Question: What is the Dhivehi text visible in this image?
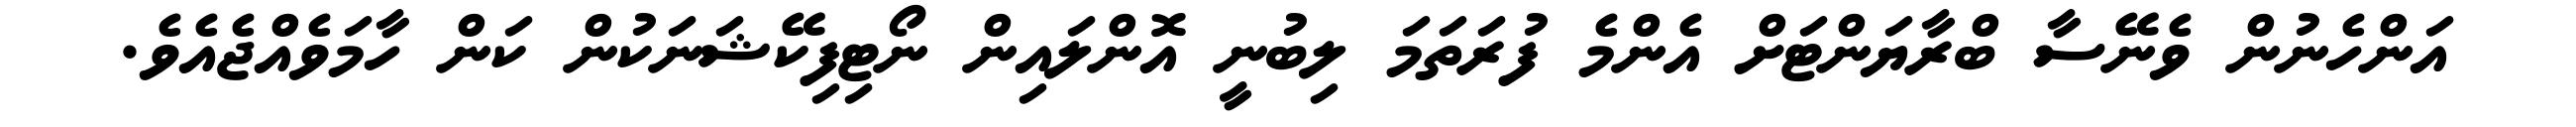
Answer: އަންހެނުން ވެނޭސާ ބްރާޔަންޓަށް އެންމެ ފުރަތަމަ ލިބުނީ އޮންލައިން ނޯޓިފިކޭޝަނަކުން ކަން ހާމަވެއްޖެއެވެ.